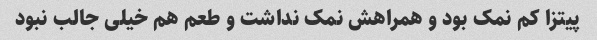
پیتزا کم نمک بود و همراهش نمک نداشت و طعم هم خیلی جالب نبود